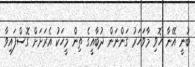
ބުނީ އޭނާ ހޮވި މާވަހަރު ގަންނަން ދުބާއީގެ ތިން މީހަކު އެރަށަށް ގޮސްފައިވާ